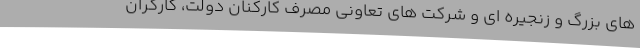
های بزرگ و زنجیره ای و شرکت های تعاونی مصرف کارکنان دولت، کارگران